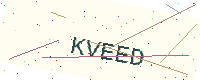
Text: KVEED